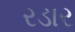
રડાર